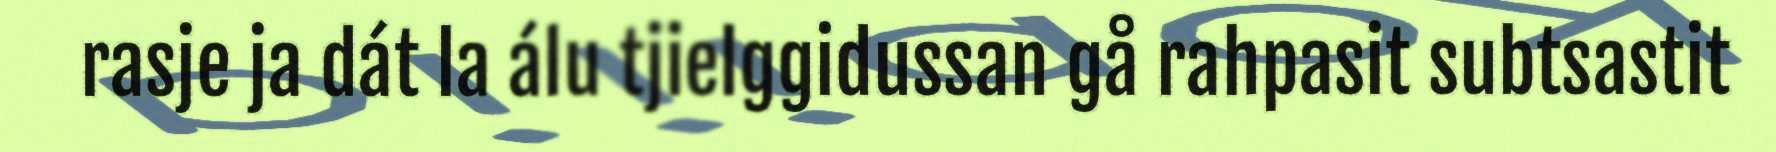
rasje ja dát la álu tjielggidussan gå rahpasit subtsastit